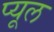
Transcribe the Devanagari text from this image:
प्यूल